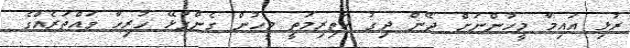
ރުޅި އައިމާ މީހުންނަށް ދޭން ދިގު އަތިރިމަތީ މީހުން ގެންގުޅޭ ހުރިހާ ވައްތަރެއްގެ